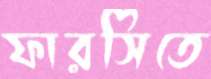
ফারসিতে